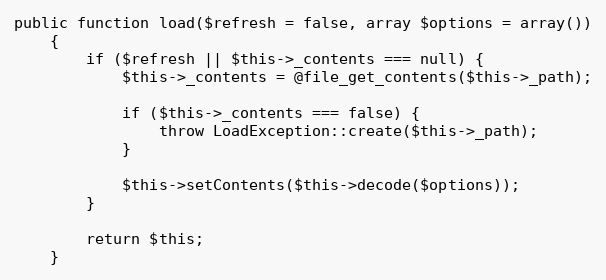
Language: PHP
public function load($refresh = false, array $options = array())
    {
        if ($refresh || $this->_contents === null) {
            $this->_contents = @file_get_contents($this->_path);

            if ($this->_contents === false) {
                throw LoadException::create($this->_path);
            }

            $this->setContents($this->decode($options));
        }

        return $this;
    }